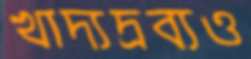
খাদ্যদ্রব্যও